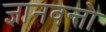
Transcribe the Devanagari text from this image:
ज्ञानवन्तो